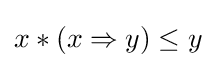
x*(x\Rightarrow y)\leq y